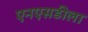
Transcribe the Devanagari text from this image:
एनएसडीला